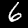
Digit: 6